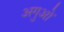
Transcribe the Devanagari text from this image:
अगुओं